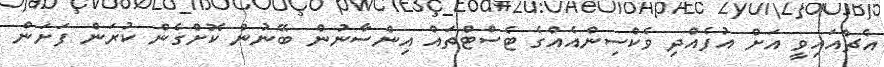
އެޗްއައިވީ އަށް އުފެއްދި ވެކްސިންއެއްގެ ޓެސްޓްތައް އިންސާނުން ބޭނުން ކޮށްގެން ކުރަން ފަށަން